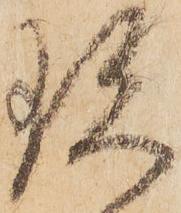
珍